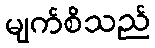
မျက်စိသည်